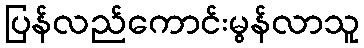
ပြန်လည်ကောင်းမွန်လာသူ